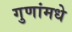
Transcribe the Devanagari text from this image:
गुणांमधे